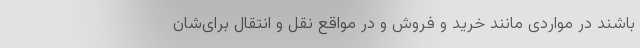
باشند در مواردی مانند خرید و فروش و در مواقع نقل و انتقال برای‌شان